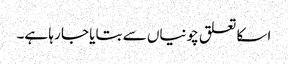
اسکا تعلق چونیاں سے بتایا جا رہا ہے۔